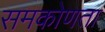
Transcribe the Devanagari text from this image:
समकोणता